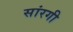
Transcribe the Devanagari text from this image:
सांरगी